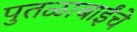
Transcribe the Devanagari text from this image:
पुतळाबाईंचे